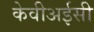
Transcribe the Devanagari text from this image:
केवीअईसी